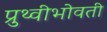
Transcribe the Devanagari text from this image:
प्रुथ्वीभोवती